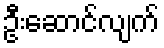
ဦးဆောင်လျက်